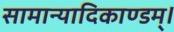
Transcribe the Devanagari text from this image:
सामान्यादिकाण्डम्।